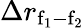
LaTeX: \Delta{r}_{\mathrm{f_{1}-f_{2}}}